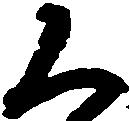
く